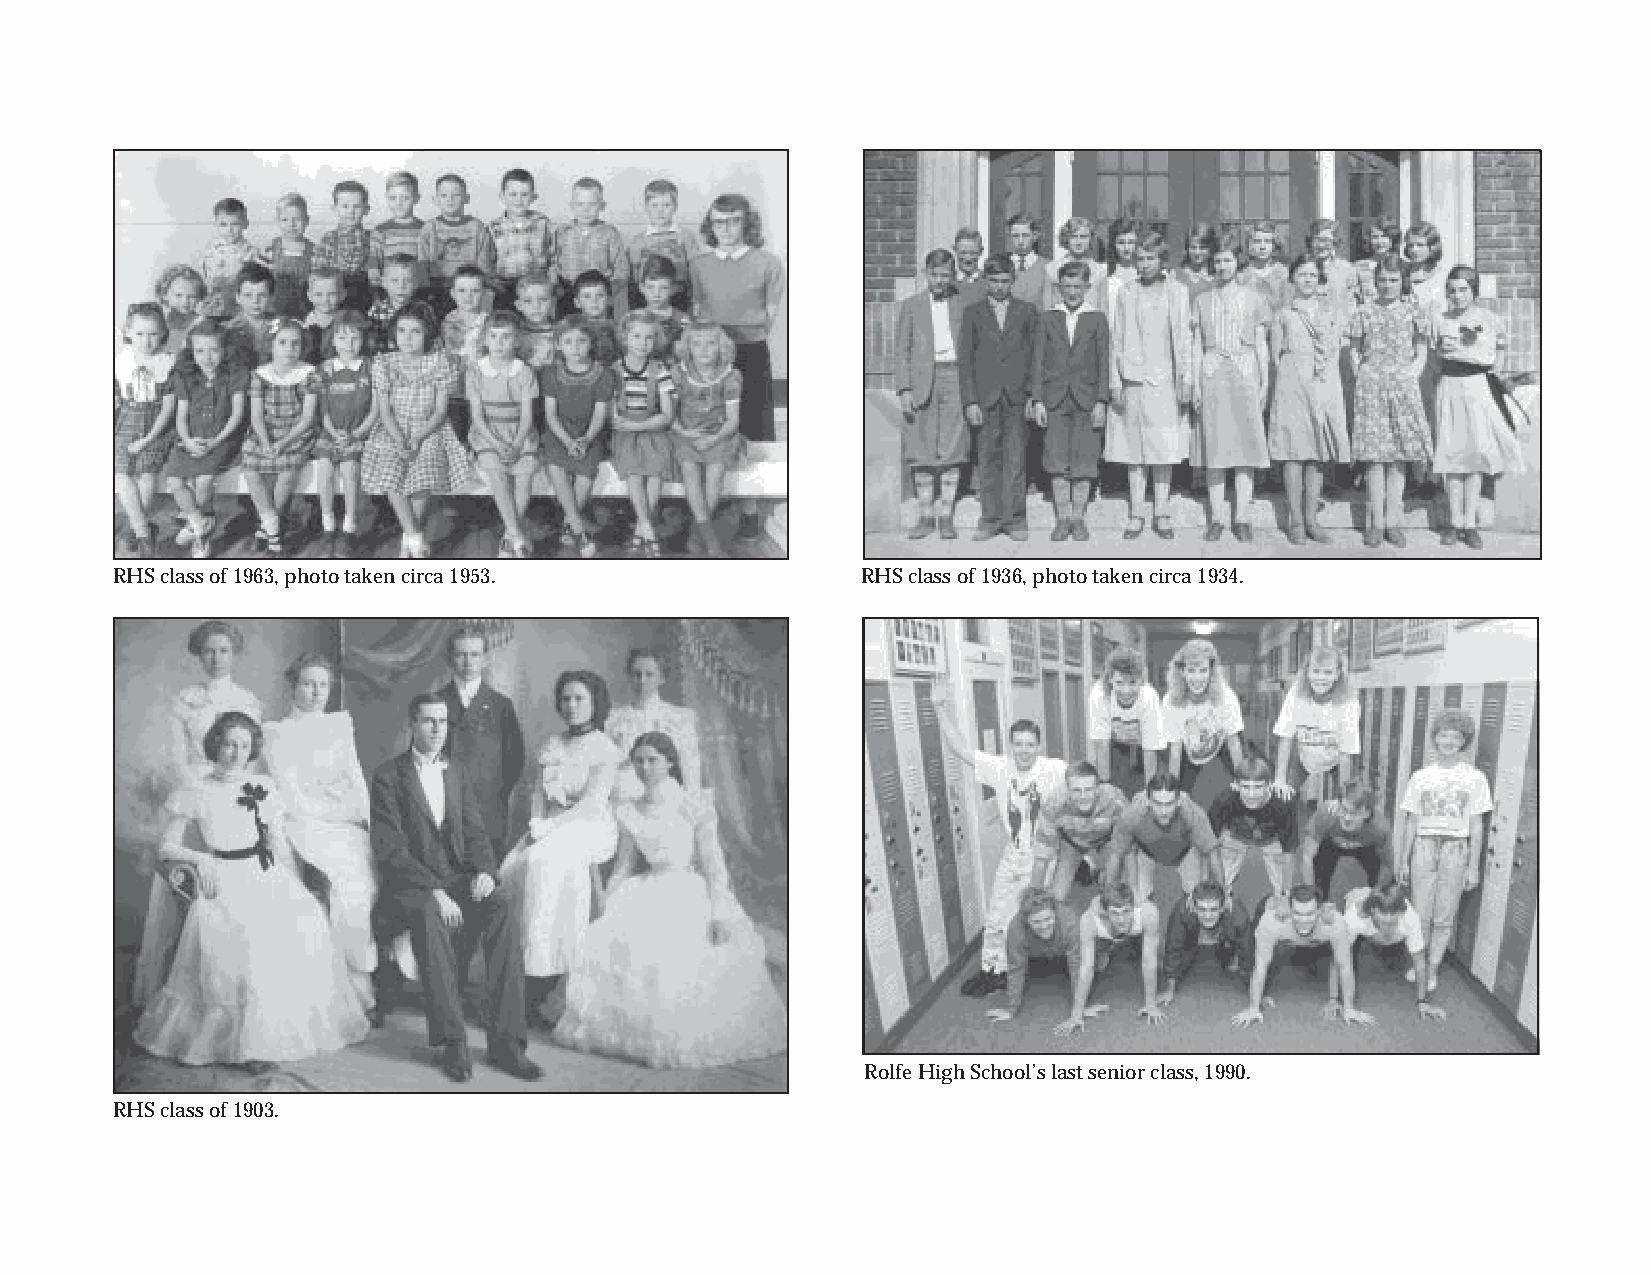
RHS class of 1963, photo taken circa 1953.        RHS class of 1936, photo taken circa 1934.
 Rolfe High School’s last senior class, 1990.
 RHS class of 1903.